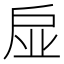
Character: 𢨼